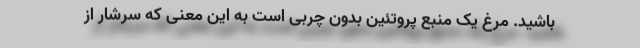
باشید. مرغ یک منبع پروتئین بدون چربی است به این معنی که سرشار از